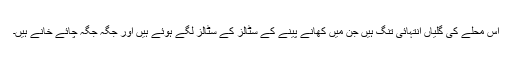
اس محلے کی گلیاں انتہائی تنگ ہیں جن میں کھانے پینے کے سٹالز کے سٹالز لگے ہوئے ہیں اور جگہ جگہ چائے خانے ہیں۔